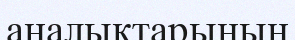
аналықтарының